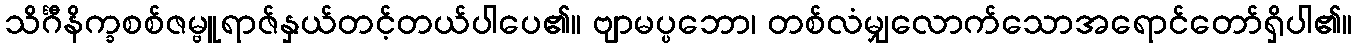
သိင်္ဂီနိက္ခစစ်ဇမ္ဗူရာဇ်နှယ်တင့်တယ်ပါပေ၏။ ဗျာမပ္ပဘော၊ တစ်လံမျှလောက်သောအရောင်တော်ရှိပါ၏။